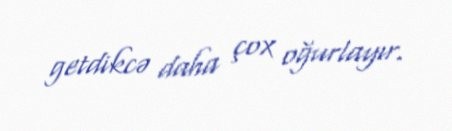
getdikcə daha çox oğurlayır.